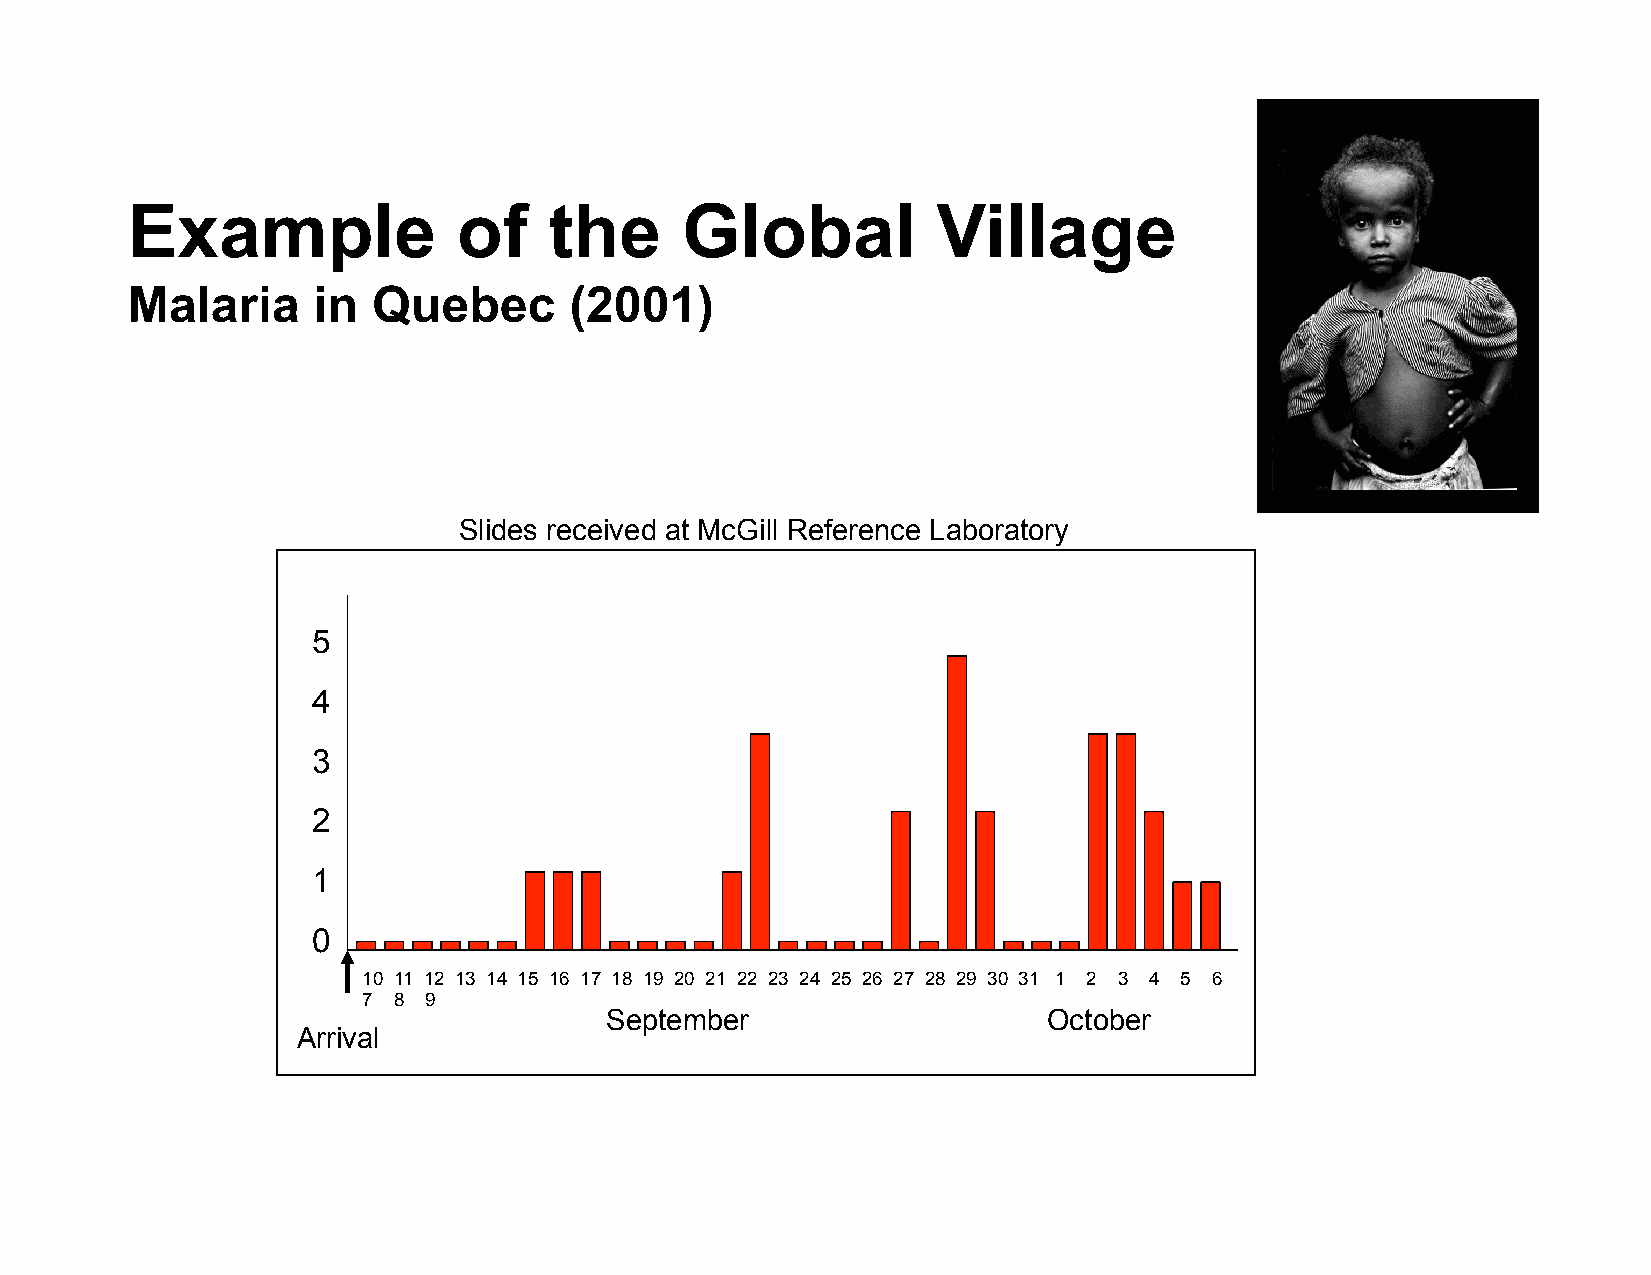
Example               of    the      Global           Village
 Malaria      in  Quebec       (2001)
 Slides received at McGill Reference Laboratory
 5
 4
 3
 2
 1
 0
 10 11 12 13 14 15 16 17 18 19 20 21 22 23 24 25 26 27 28 29 30 31 1 2 3 4 5 6
 7 8 9
 September                    October
 Arrival